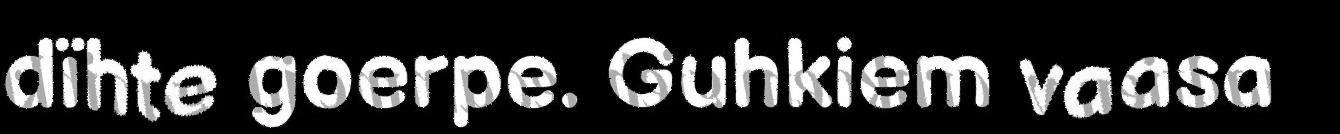
dïhte goerpe. Guhkiem vaasa